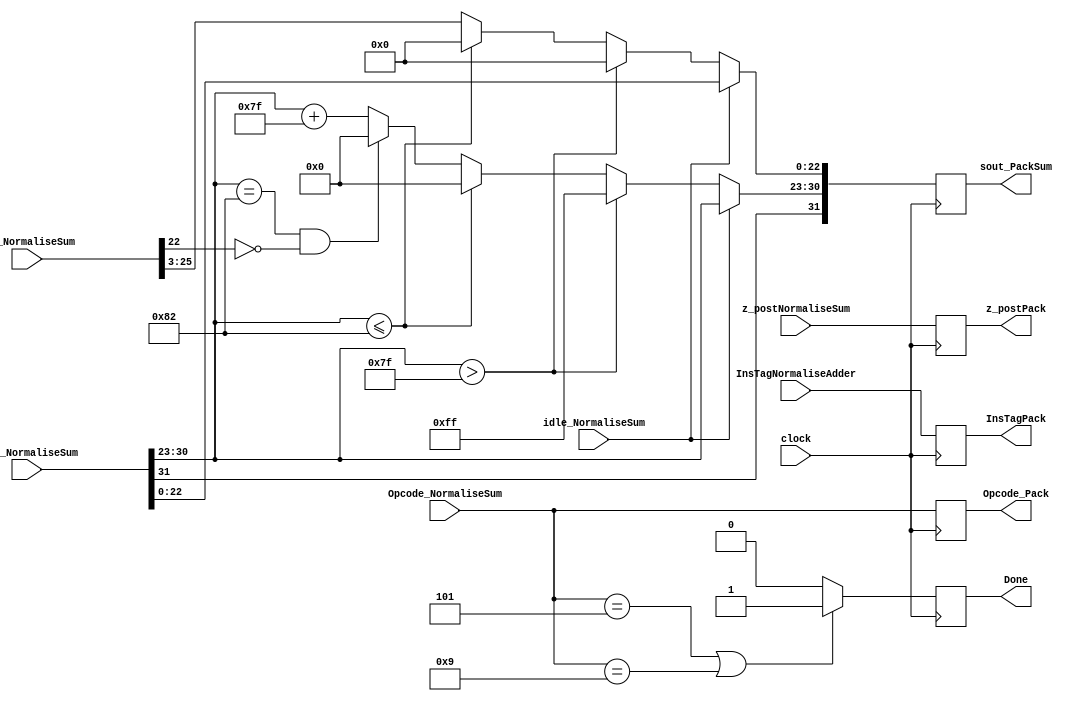
module PackAdderProcess(
	input [31:0] z_postNormaliseSum,
	input [3:0] Opcode_NormaliseSum,
	input idle_NormaliseSum,
	input [31:0] sout_NormaliseSum,
	input [27:0] sum_NormaliseSum,
	input [7:0] InsTagNormaliseAdder,
	input clock,
	output reg [31:0] sout_PackSum,
	output reg Done = 1'b0,
	output reg [31:0] z_postPack,
	output reg [3:0] Opcode_Pack,
	output reg [7:0] InsTagPack
   );

parameter no_idle = 1'b0,
			 put_idle = 1'b1;
			 
wire s_sign;
wire [7:0] s_exponent;

assign s_sign = sout_NormaliseSum[31];
assign s_exponent = sout_NormaliseSum[30:23];

parameter sin_cos		= 4'd0,
			 sinh_cosh	= 4'd1,
			 arctan		= 4'd2,
			 arctanh		= 4'd3,
			 exp			= 4'd4,
			 sqr_root   = 4'd5,			// Pre processed input is given 4'd11
												// This requires pre processing. x = (a+1)/2 and y = (a-1)/2
			 division	= 4'd6,
			 tan			= 4'd7,			// This is iterative. sin_cos followed by division.
			 tanh			= 4'd8,			// This is iterative. sinh_cosh followed by division.
			 nat_log		= 4'd9,			// This requires pre processing. x = (a+1) and y = (a-1)
			 hypotenuse = 4'd10,
			 PreProcess = 4'd11;

always @ (posedge clock)
begin
	
	InsTagPack <= InsTagNormaliseAdder;
	Opcode_Pack <= Opcode_NormaliseSum;
	z_postPack <= z_postNormaliseSum;
	
	//if (Opcode_NormaliseSum == PreProcess) begin
	
	Done <= 1'b0;
	
	if (idle_NormaliseSum != put_idle) begin
		sout_PackSum[22:0] <= sum_NormaliseSum[25:3];
		sout_PackSum[30:23] <= s_exponent + 127;
		sout_PackSum[31] <= s_sign;
      if ($signed(s_exponent) == -126 && sum_NormaliseSum[22] == 0) begin
         sout_PackSum[30 : 23] <= 0;
      end
		  
		if ($signed(s_exponent) <= -126) begin
			sout_PackSum[30 : 23] <= 0;
			sout_PackSum[22:0] <= 0;
		end
		  
        //if overflow occurs, return inf
      if ($signed(s_exponent) > 127) begin
         sout_PackSum[22 : 0] <= 0;
         sout_PackSum[30 : 23] <= 255;
         sout_PackSum[31] <= s_sign;
      end		
	end
	
	else begin
		sout_PackSum <= sout_NormaliseSum;
	end
	
	//end
	
	if (Opcode_NormaliseSum == sqr_root || Opcode_NormaliseSum == nat_log) begin
		Done <= 1'b1;
	end
end

endmodule